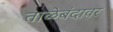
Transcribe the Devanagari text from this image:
ताळेबंदावर